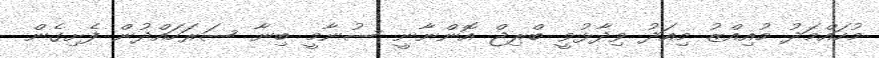
މުހައްމަދު މުއިއްޒު މިއަދު ވިދާޅުވީ ބްރިޖް އޮންނާނީ ސުނާމީ ބިނާ ސަރަހައްދުން ފެށިގެން